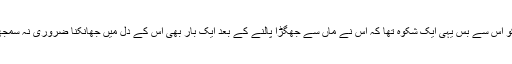
ماں کو اس سے بس یہی ایک شکوہ تھا کہ اس نے ماں سے جھگڑا پالنے کے بعد ایک بار بھی اس کے دل میں جھانکنا ضروری نہ سمجھا تھا۔